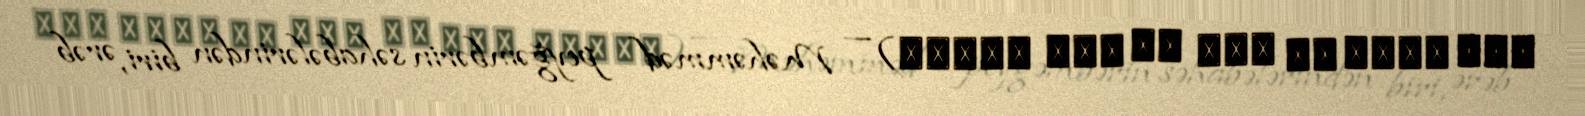
عبد الله بن سعد بن أبي السرح) — Məhəmməd peyğəmbərin səhabələrindən biri, ərəb